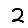
Digit: 2